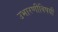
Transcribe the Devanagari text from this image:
उभारणीविषयी